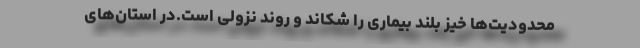
محدودیت‌ها خیز بلند بیماری را شکاند و روند نزولی است.در استان‌های